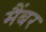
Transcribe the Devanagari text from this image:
मैंबर